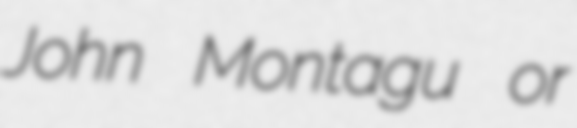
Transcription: John Montagu or